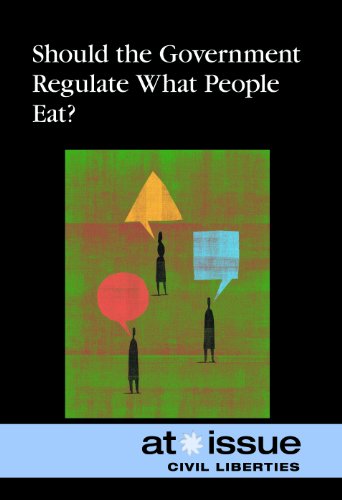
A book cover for Should Government Regulate What People Eat? (At Issue); Ronald D.  Jr. Lankford; Teen & Young Adult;